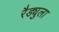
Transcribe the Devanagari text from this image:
रैड्युला